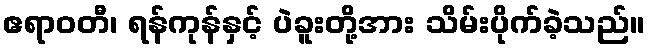
ဧရာဝတီ၊ ရန်ကုန်နှင့် ပဲခူးတို့အား သိမ်းပိုက်ခဲ့သည်။